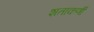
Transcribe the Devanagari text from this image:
शताकर्णी